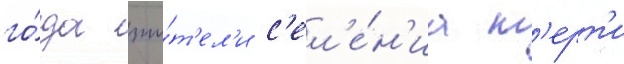
го́да жи́т'ел'и с'ел'е́н'иа т'ерт'и